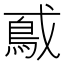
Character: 𫼃